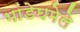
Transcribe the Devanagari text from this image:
भांडेघमेले